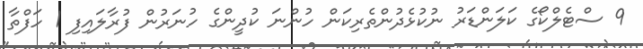
9 ސްޓެލްކޯގެ ކަލަންޑަރު ނުކުޅެދުންތެރިކަން ހުންނަ ކުދީންގެ ހުނަރުން ފުރާލައިފި 1 ހަފްތާ